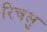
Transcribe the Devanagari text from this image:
रिचलु